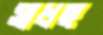
সাধছ